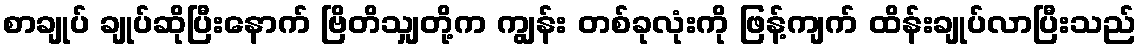
စာချုပ် ချုပ်ဆိုပြီးနောက် ဗြိတိသျှတို့က ကျွန်း တစ်ခုလုံးကို ဖြန့်ကျက် ထိန်းချုပ်လာပြီးသည်